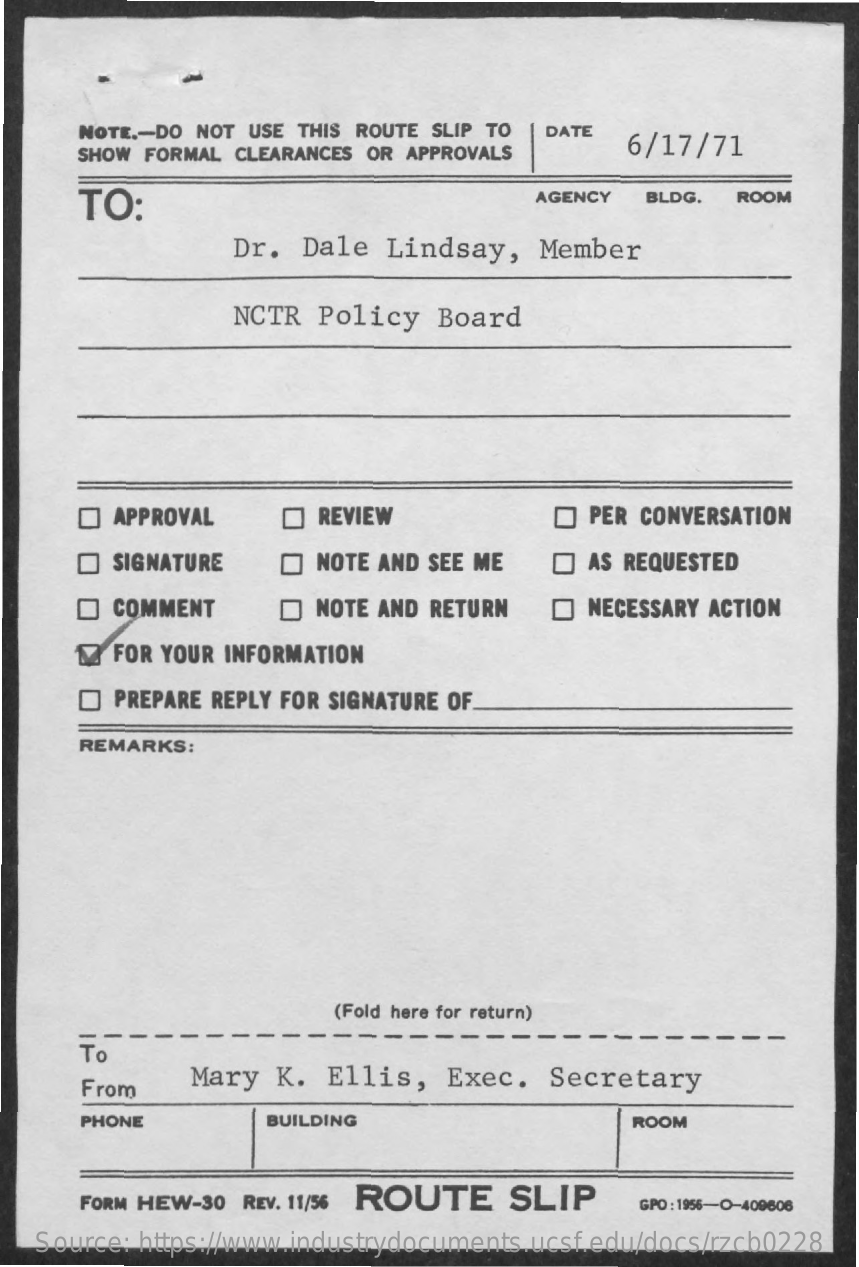
NOTE .- DO NOT USE THIS ROUTE SLIP TO DATE
     SHOW FORMAL CLEARANCES OR APPROVALS    6/17/71
     TO:    AGENCY   BLDG. ROOM
     Dr.  Dale  Lindsay,    Member
     NCTR  Policy   Board
     APPROVAL    REVIEW    O PER CONVERSATION
     O  SIGNATURE    NOTE AND SEE ME    AS REQUESTED
     O  COMMENT    D  NOTE AND RETURN    NECESSARY ACTION
     FOR YOUR INFORMATION
     PREPARE REPLY FOR SIGNATURE OF
     REMARKS:
     (Fold here for return)
     To
     From    Mary  K. Ellis,   Exec.   Secretary
     PHONE    BUILDING    ROOM
     FORM HEW-30 REV. 11/56 ROUTE    SLIP    GPO : 1956-0-409606
   Source: https://www.industrydocuments.ucsf.edu/docs/rzcb0228